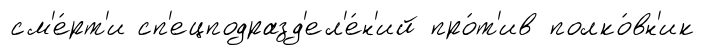
см'е́рт'и сп'ецподразд'ел'е́н'ий про́т'ив полко́вн'ик